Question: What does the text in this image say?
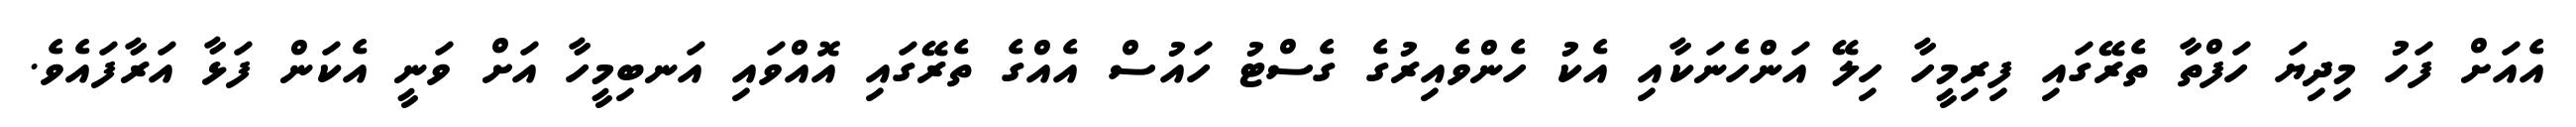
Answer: އެއަށް ފަހު މިދިޔަ ހަފްތާ ތެރޭގައި ފިރިމީހާ ހިލޭ އަންހެނަކާއި އެކު ހެންވެއިރުގެ ގެސްޓު ހައުސް އެއްގެ ތެރޭގައި އޮއްވައި އަނބިމީހާ އަށް ވަނީ އެކަން ފަޅާ އަރާފައެވެ.